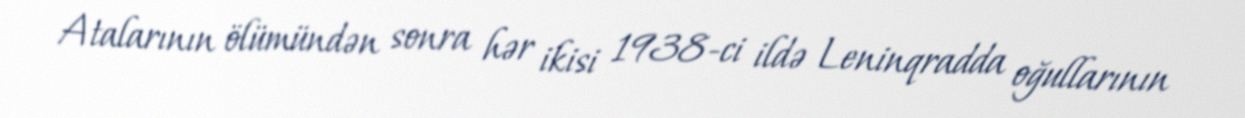
Atalarının ölümündən sonra hər ikisi 1938-ci ildə Leninqradda oğullarının